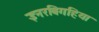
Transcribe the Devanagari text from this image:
इनरबिगहिया